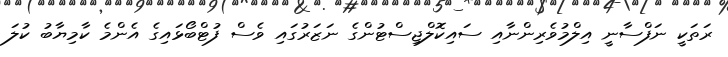
ރަތަކީ ނަފްސާނީ އިލްމުވެރިންނާއި ސައިކޮލްޖިސްޓުންގެ ނަޒަރުގައި ވެސް ފުޓްބޯޅައިގެ އެންމެ ކާމިޔާބު ކުލަ